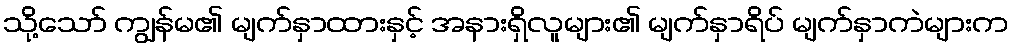
သို့သော် ကျွန်မ၏ မျက်နှာထားနှင့် အနားရှိလူများ၏ မျက်နှာရိပ် မျက်နှာကဲများက